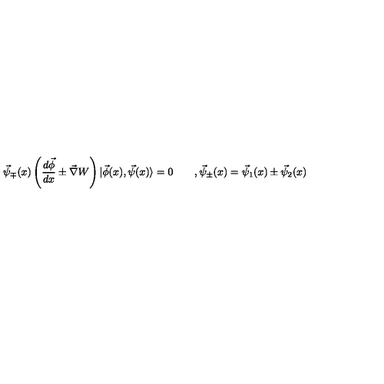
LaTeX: \vec { \psi } _ { \mp } ( x ) \left( \frac { d \vec { \phi } } { d x } \pm \vec { \nabla } W \right) | \vec { \phi } ( x ) , \vec { \psi } ( x ) \rangle = 0 \qquad , \vec { \psi } _ { \pm } ( x ) = \vec { \psi } _ { 1 } ( x ) \pm \vec { \psi } _ { 2 } ( x )